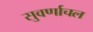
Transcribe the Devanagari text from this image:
सुवर्णाचल